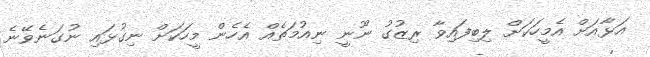
އަޅާއަށް އެމީހަކަށް ލިބިފައިވާ ރިޒުގު ނޫނީ ނިއުމަތެއް އެހެން މީހަކަށް ނިގުޅައި ނުގަނެވޭނެ